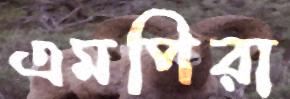
এমপিরা